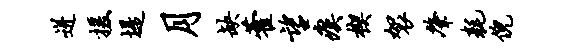
迸援堤月缺藿望瘼楔袈肇耗倪